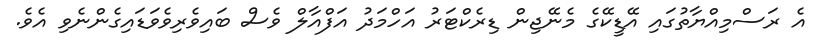
އެ ރަސްމިއްޔާތުގައި އޭޑީކޭގެ މެނޭޖިން ޑިރެކްޓަރު އަހްމަދު އަފްއާލް ވެސް ބައިވެރިވެވަޑައިގެންނެވި އެވެ.